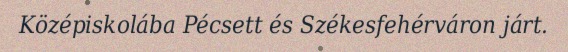
Középiskolába Pécsett és Székesfehérváron járt.